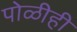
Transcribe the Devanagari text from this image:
पोळीही